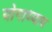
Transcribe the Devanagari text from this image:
योगाध्याय